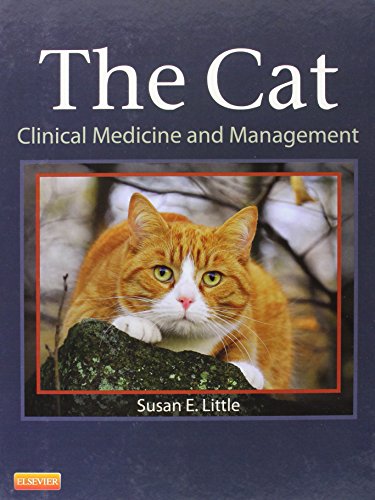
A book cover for The Cat: Clinical Medicine and Management, 1e; Susan Little DVM  DABVP (Feline); Medical Books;